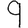
Digit: 9